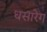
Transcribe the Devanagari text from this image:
धसारेग